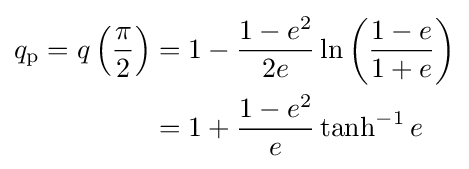
{\begin{aligned}q_{\mathrm {p} }=q\left({\frac {\pi }{2}}\right)&=1-{\frac {1-e^{2}}{2e}}\ln \left({\frac {1-e}{1+e}}\right)\\&=1+{\frac {1-e^{2}}{e}}\tanh ^{-1}e\end{aligned}}